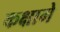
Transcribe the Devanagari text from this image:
कक्षामे